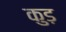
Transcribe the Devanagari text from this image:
कुड़